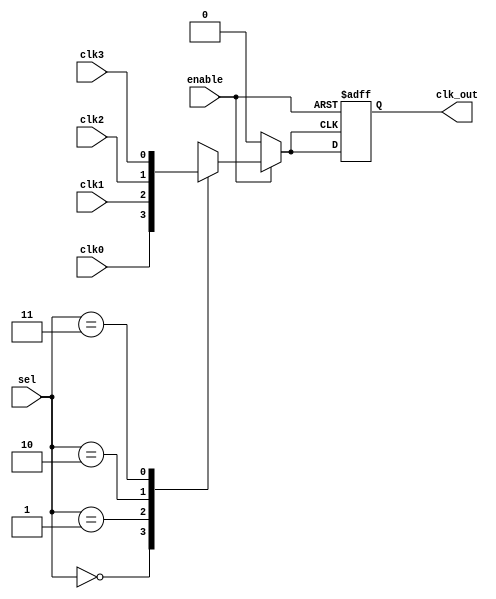
module CMuxBuf (
    input wire clk0,          // Clock input 0
    input wire clk1,          // Clock input 1
    input wire clk2,          // Clock input 2
    input wire clk3,          // Clock input 3
    input wire [1:0] sel,     // Selection control signal (2 bits for 4 clocks)
    input wire enable,        // Enable signal
    output reg clk_out        // Buffered output clock
);

// Internal signal to hold the selected clock
reg selected_clk;

// Clock selection logic
always @(*) begin
    if (enable) begin
        case (sel)
            2'b00: selected_clk = clk0;
            2'b01: selected_clk = clk1;
            2'b10: selected_clk = clk2;
            2'b11: selected_clk = clk3;
            default: selected_clk = clk0; // Default case
        endcase
    end else begin
        selected_clk = 1'b0; // Disable output clock when not enabled
    end
end

// Output buffering
always @(posedge selected_clk or negedge enable) begin
    if (!enable) begin
        clk_out <= 1'b0; // Ensure output is low when disabled
    end else begin
        clk_out <= selected_clk; // Buffer the selected clock
    end
end

endmodule